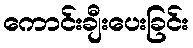
ကောင်းချီးပေးခြင်း